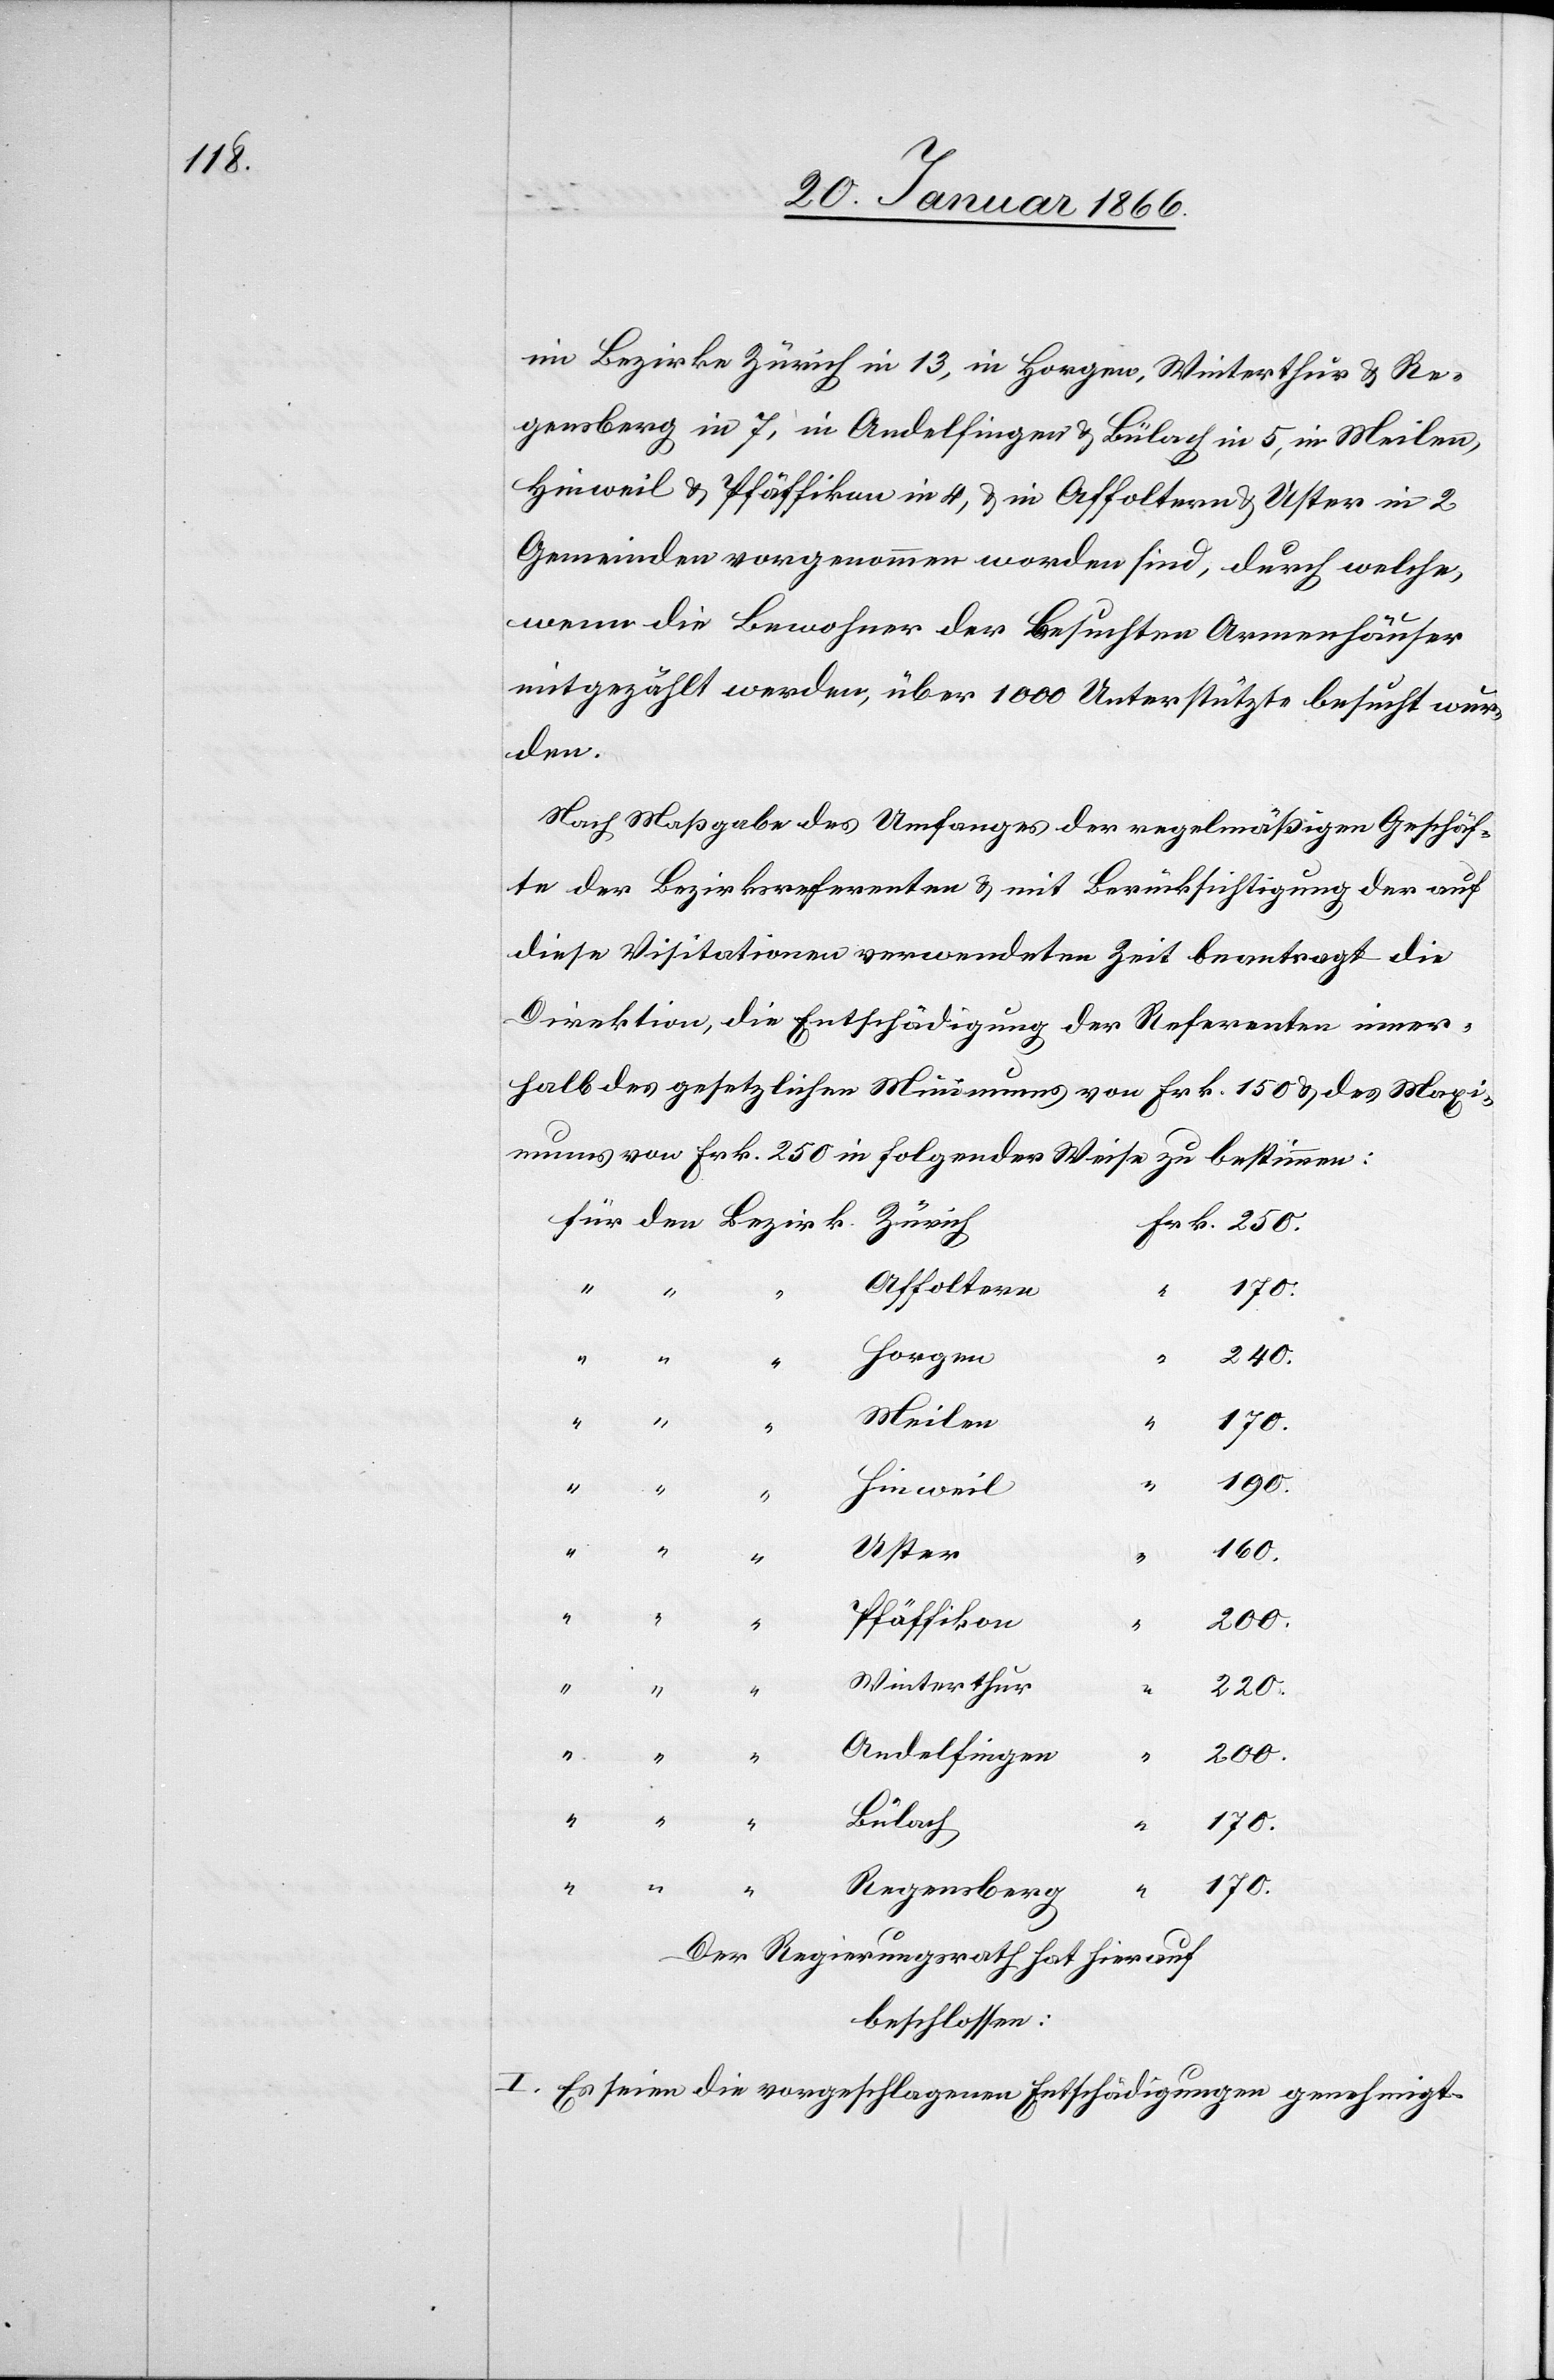
im Bezirke Zürich in 13, in Horgen, Winterthur u. Re¬
gensberg in 7, in Andelfingen u. Bülach in 5, in Meilen,
Hinweil u. Pfäffikon in 4, u. in Affoltern u. Uster in 2
Gemeinden vorgenommen worden sind, durch welche,
wenn die Bewohner der Besuchten Armenhäuser
mitgezählt werden, über 1000 Unterstützte besucht wur¬
den.
Nach Maßgabe des Umfanges der regelmäßigen Geschäf¬
te der Bezirksreferenten u. mit Berücksichtigung der auf
diese Visitationen verwendeten Zeit beantragt die
Direktion, die Entschädigung der Referenten inner¬
halb des gesetzlichen Minimums von Fr. 150 u. des Maxi¬
mums von Frk. 250 in folgender Weise zu bestimmen:
für den Bezirk
Affoltern
170.
Horgen
240.
Meilen
Zürich	Frk.
190.
“
Hinweil
“
Uster
160.
Pfäffikon
200.
“
Winterthur
“
220.
“
Andelfingen
Bülach
170.
Regensberg
Der Regierungsrath hat hierauf
beschloßen:
I. Es seien vorgeschlagenen Entschädigungen genehmigt.